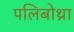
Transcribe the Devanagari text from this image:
पलिबोथ्रा